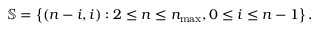
\mathbb { S } = \left\{ ( n - i , i ) : 2 \leq n \leq n _ { \operatorname* { m a x } } , 0 \leq i \leq n - 1 \right\} .